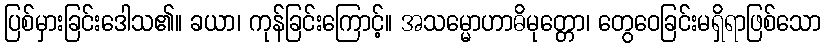
ပြစ်မှားခြင်းဒေါသ၏။ ခယာ၊ ကုန်ခြင်းကြောင့်။ အသမ္မောဟာဓိမုတ္တော၊ တွေဝေခြင်းမရှိရာဖြစ်သော